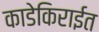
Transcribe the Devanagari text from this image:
काडेकिराईत